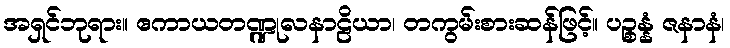
အရှင်ဘုရား။ ဧကာယတဏ္ဍုလနာဠိယာ၊ တကွမ်းစားဆန်ဖြင့်။ ပဉ္စန္နံ ဇနာနံ၊